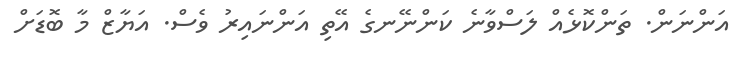
އަންނަން. ތަންކޮޅެއް ލަސްވާނެ ކަންނޭނގެ އޭތި އަންނައިރު ވެސް. އަޔާޒް މާ ބޮޑަށް